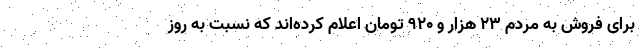
برای فروش به مردم ۲۳ هزار و ۹۲۰ تومان اعلام کرده‌اند که نسبت به روز